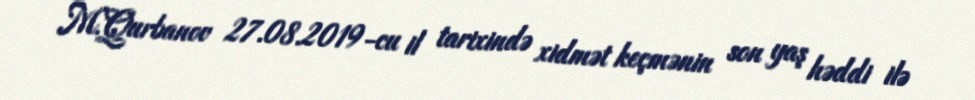
M.Qurbanov 27.08.2019-cu il tarixində xidmət keçmənin son yaş həddi ilə